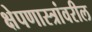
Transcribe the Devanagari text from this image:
क्षेपणास्त्रांवरील